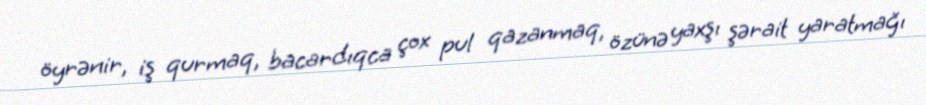
öyrənir, iş qurmaq, bacardıqca çox pul qazanmaq, özünə yaxşı şərait yaratmağı